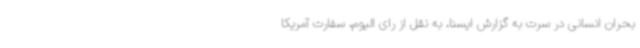
بحران انسانی در سرت به گزارش ایسنا، به نقل از رای الیوم، سفارت آمریکا